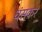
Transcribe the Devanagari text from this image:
धंसकर